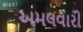
અમલવારી